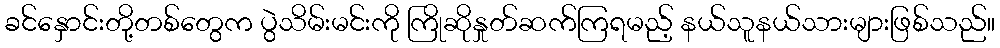
ခင်နှောင်းတို့တစ်တွေက ပွဲသိမ်းမင်းကို ကြိုဆိုနှုတ်ဆက်ကြရမည့် နယ်သူနယ်သားများဖြစ်သည်။